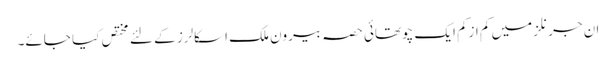
ان جرنلز میں کم ازکم ایک چوتھائی حصہ بیرون ملک اسکالرز کے لئے مختص کیا جائے۔